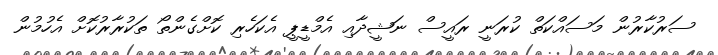
ސަރުކާރުން މަސައްކަތް ކުރަނީ ރައީސް ނަޝީދާއި އެމްޑީޕީ އެކަހެރި ކޮށްގެންތޯ ތަކުރާރުކޮށް އެހުމުން